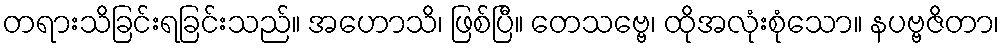
တရားသိခြင်းရခြင်းသည်။ အဟောသိ၊ ဖြစ်ပြီ။ တေသဗ္ဗေ၊ ထိုအလုံးစုံသော။ နပဗ္ဗဇိတာ၊